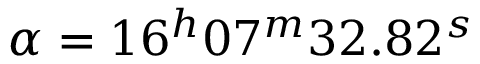
\alpha = 1 6 ^ { h } 0 7 ^ { m } 3 2 . 8 2 ^ { s }